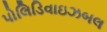
પોલિડિવાઇઝબલ